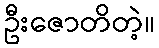
ဦးဇောတိတဲ့။